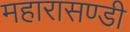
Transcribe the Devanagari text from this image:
महारासण्डी